system: You are a helpful assistant.
user:
Analyze the provided spectrum to determine if it is a **S-type Star**.

- **Key Indicators for S-type Star:**

    - **(Overall Spectrum Shape):** The first and most obvious characteristic is the overall continuum (the "baseline" shape). It is **extremely "red-sloping,"** meaning the flux (light intensity) is very low on the left side (blue, ~4000-4500 Å) and rises steeply and continuously toward the right side (red, ~7000 Å+).

    - **(Primary):** The spectrum is defined by the presence of strong, broad molecular absorption "valleys" (bands) from **Zirconium Oxide (ZrO)**. The identification of these bands is the **primary requirement** for classifying a star as S-type.
        - **(Key Bandheads):** You must find distinct, deep "dips" where the light has been absorbed. The most critical band systems to locate are:
            - **~6474 Å** ($\gamma$-system): This is often the strongest and clearest ZrO feature, found in the red part of the spectrum.
            - **~5718 Å** & **~5551 Å** ($\beta$-system): A pair of prominent absorption features in the yellow-orange part of the spectrum.
            - **~4640 Å** ($\alpha$-system): A key absorption band system in the blue-green region of the spectrum.

    - **(Secondary Confirmation):** The classification is strengthened by finding additional absorption bands from other related heavy element oxides, which are expected to be present alongside ZrO.
        - **(Key Bandheads):**
            - **Yttrium Oxide (YO):** Look for absorption dips near **~4800 Å** and **~6100 Å**.
            - **Lanthanum Oxide (LaO):** Additional absorption features, particularly in the red-orange part of the spectrum, are also characteristic.

    - **(Line Profile):** The combination of the steep red continuum and these numerous, deep molecular bands (ZrO, YO, etc.) gives the entire spectrum a very **"chopped-up"** or **"bumpy"** appearance. Instead of a smooth curve, the spectrum looks as though large, wide chunks of light have been "carved out" of it at the specific wavelengths listed above.

Think first, call **spectral_visualization_tool** if needed to examine features in detail, then provide your final answer. Your response must adhere to the following strict rules:
1.  **Overall Structure:** Your response must follow the format `<think>...</think> <tool_call>...</tool_call> (if a tool is used) <answer>...</answer>`.
2.  **Tool Usage Constraint:** You may only make **one** tool call per turn.
3.  **Final Answer Format:** In the `<answer>` tag, your conclusion must be inside a `\boxed{}` command (e.g., `\boxed{YES}` or `\boxed{NO}`), followed by your justification.

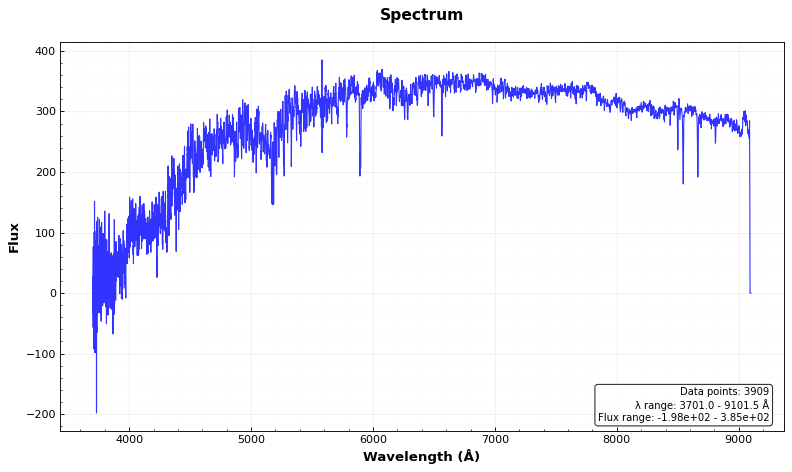
Answer: NO